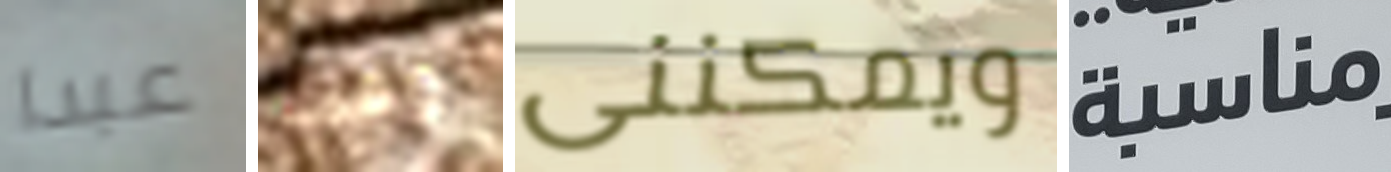
عبدا وقت ويمكننى مناسبة